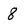
Character: 8